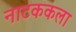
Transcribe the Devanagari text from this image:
नाटककला